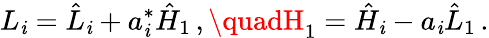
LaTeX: L_{\mathit{i}}=\hat{{L}}_{\mathit{i}}+a_{\mathit{i}}^{*}\hat{{H}}_{1}\, ,\quadH_{1}=\hat{{H}}_{\mathit{i}}-a_{\mathit{i}}\hat{{L}}_{1}\, .